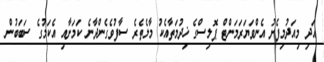
އަދި މިއަދުމިފެށު އެންވަޔަރަމަންޓް ޕޮލިސްގެ ޚިދުމަތާއެކު މާލެތެރެ ސާފުވެގެންދާނެ ކަމަށާއި އެކަމުގެ ސަބަބުން